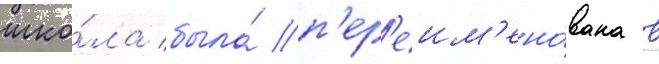
шко́ла была́ п'ер'еим'ено́вана в